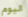
اليوم